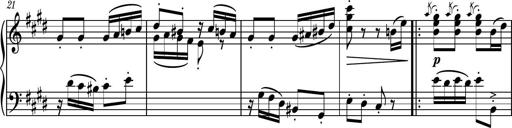
Title: Piano Sonatina No.7
Composer: Dimitri Sykias
Key: G major